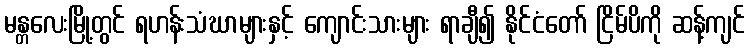
မန္တလေးမြို့တွင် ရဟန်းသံဃာများနှင့် ကျောင်းသားများ ရာချီ၍ နိုင်ငံတော် ငြိမ်ပိကို ဆန့်ကျင်